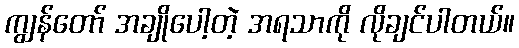
ကျွန်တော် အချိုပေါ့တဲ့ အရသာကို လိုချင်ပါတယ်။